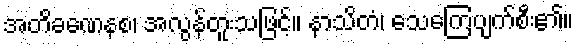
အတိခဏေနစ၊ အလွန်တူးသဖြင့်။ နာသိတံ၊ သေကြေပျက်စီး၏။